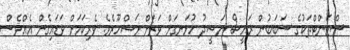
ސްޓަންޓްތަކުގެ ސަބަބުން ރައީސް ނަޝީދު ހުޅަނގަށް ވަރަށް މަޝްހޫރެވެ. ވެރިކަމަށް ވަޑައިގެން އެއްވެސް